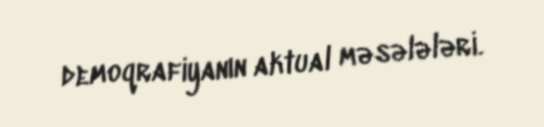
demoqrafiyanın aktual məsələləri.